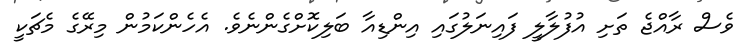
ވެސް ރާއްޖެ ތަށި އުފުލާލީ ފައިނަލުގައި އިންޑިއާ ބަލިކޮށްގެންނެވެ. އެހެންކަމުން މިރޭގެ މެޗަކީ